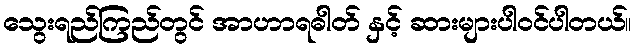
သွေးရည်ကြည်တွင် အာဟာရဓါတ် နှင့် ဆားများပါဝင်ပါတယ်။